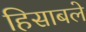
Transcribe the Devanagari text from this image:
हिसाबले